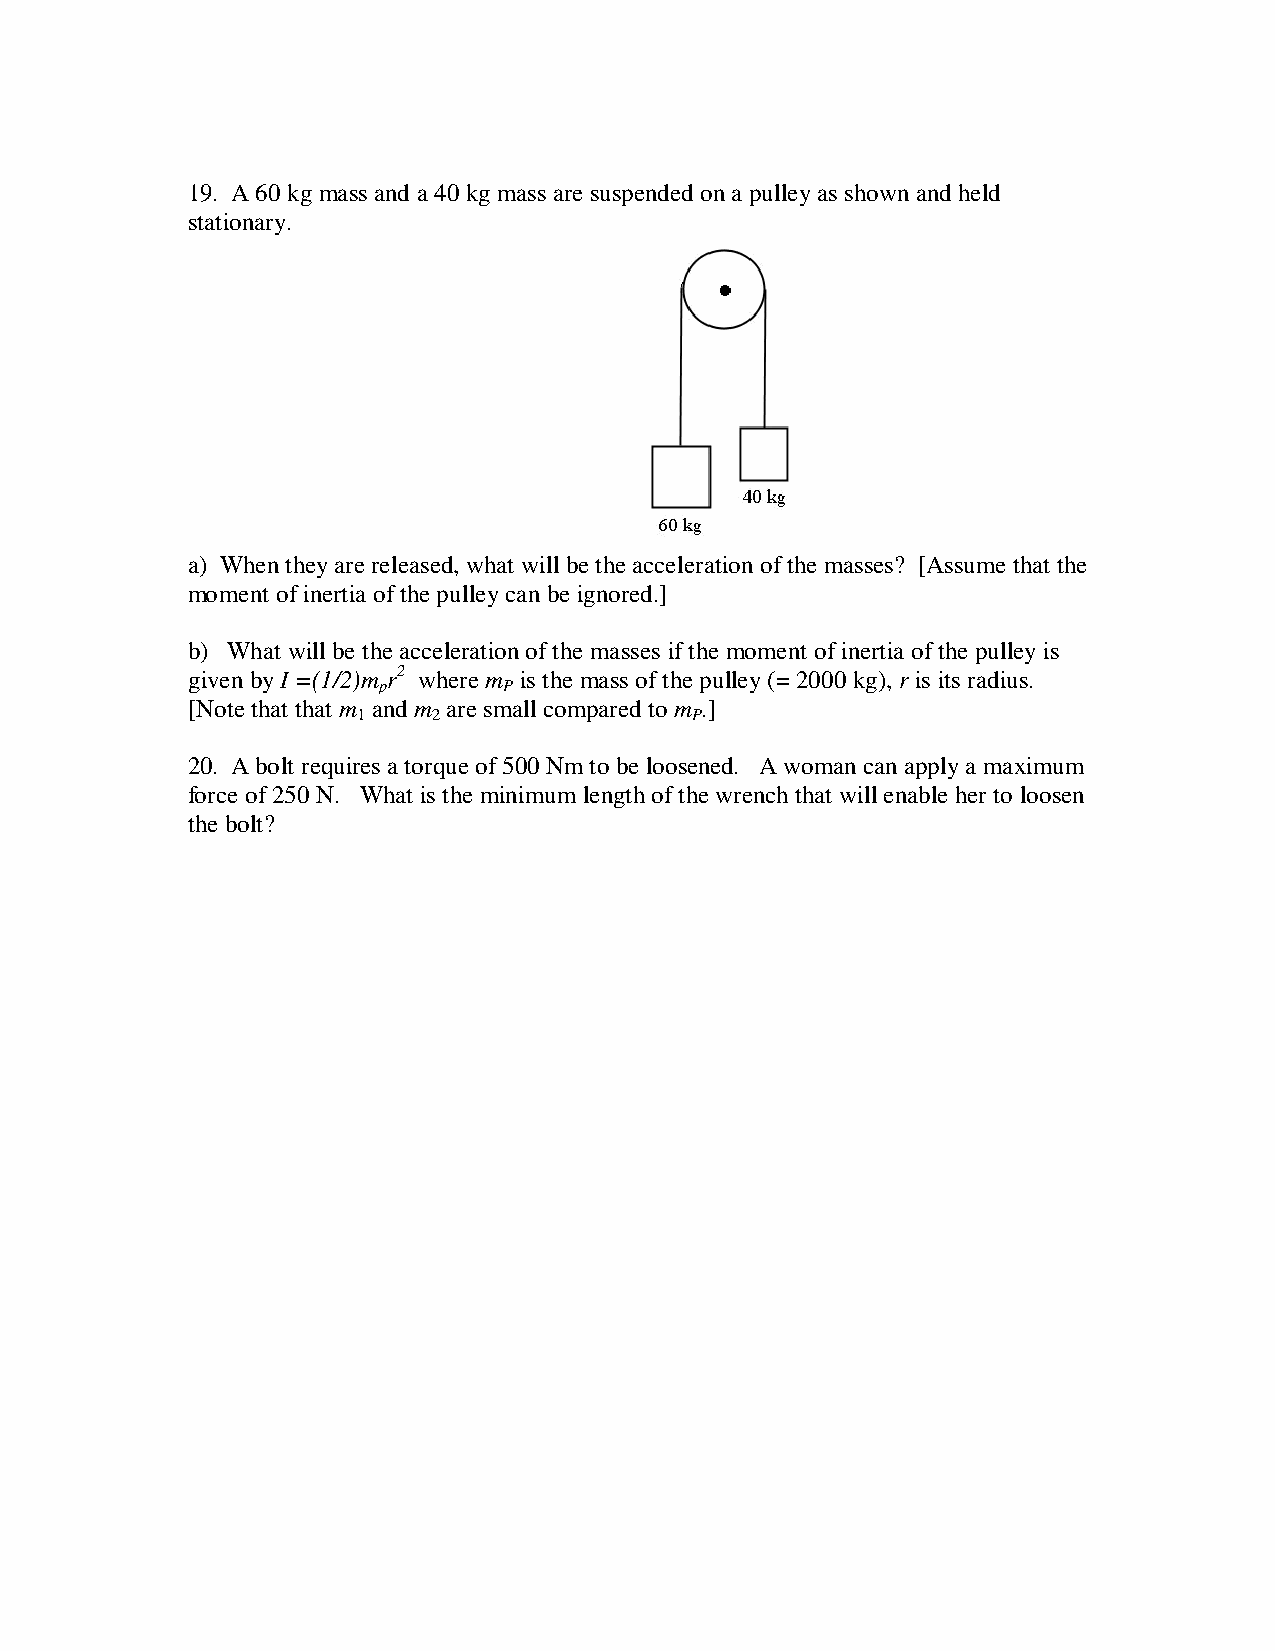
19. A 60 kg mass and a 40 kg mass are suspended on a pulley as shown and held
 stationary.
 a) When they are released, what will be the acceleration of the masses? [Assume that the
 moment of inertia of the pulley can be ignored.]
 b) What will be the acceleration of the masses if the moment of inertia of the pulley is
 given by I =(1/2)m r2 where m is the mass of the pulley (= 2000 kg), r is its radius.
 p       P
 [Note that that m and m are small compared to m .]
 1    2                P
 20. A bolt requires a torque of 500 Nm to be loosened. A woman can apply a maximum
 force of 250 N. What is the minimum length of the wrench that will enable her to loosen
 the bolt?